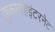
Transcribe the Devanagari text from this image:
झुकावहैइंटरनेट